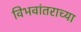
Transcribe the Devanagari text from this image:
विभवांतराच्या